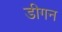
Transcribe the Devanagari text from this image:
डीगन